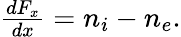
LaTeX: \begin{array}{r}{\frac{dF_{x}}{dx}=n_{i}-n_{e}.}\end{array}